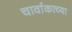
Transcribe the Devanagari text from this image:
चार्वाकाच्या